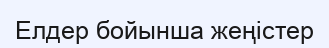
Елдер бойынша жеңістер